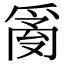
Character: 𤔔